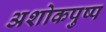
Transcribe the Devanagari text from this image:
अशोकपुष्प